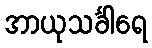
အာယုသင်္ခါရေ